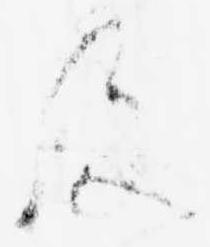
及